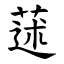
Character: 蒁